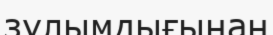
зұлымдығынан